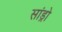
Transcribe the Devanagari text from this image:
सांड्रो